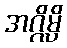
အဂ္ဂိမ္ပိ